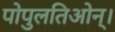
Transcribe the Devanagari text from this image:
पोपुलतिओन्।